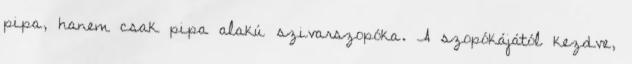
pipa, hanem csak pipa alakú szivarszopóka. A szopókájától kezdve,